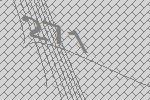
271